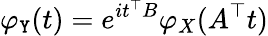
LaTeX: \varphi_{\mathtt{Y}}(t)=e^{it^{\top}B}\varphi_{X}(A^{\top}t)